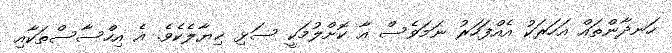
ހަނދާންތައް އަހަރަކު އެއްފަހަރު ނަމަވެސް އާ ކޮށްލުމަކީ ސަޅި ޚިޔާލެކެވެ. އެ އިހްސާސްތަކާއި